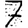
Digit: 7